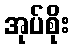
အုပ်စိုး